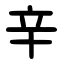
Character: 辛